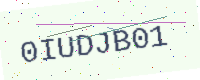
Text: 0IUDJB01